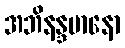
အဘိနန္ဒမာနော